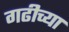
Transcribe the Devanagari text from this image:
गढीच्या